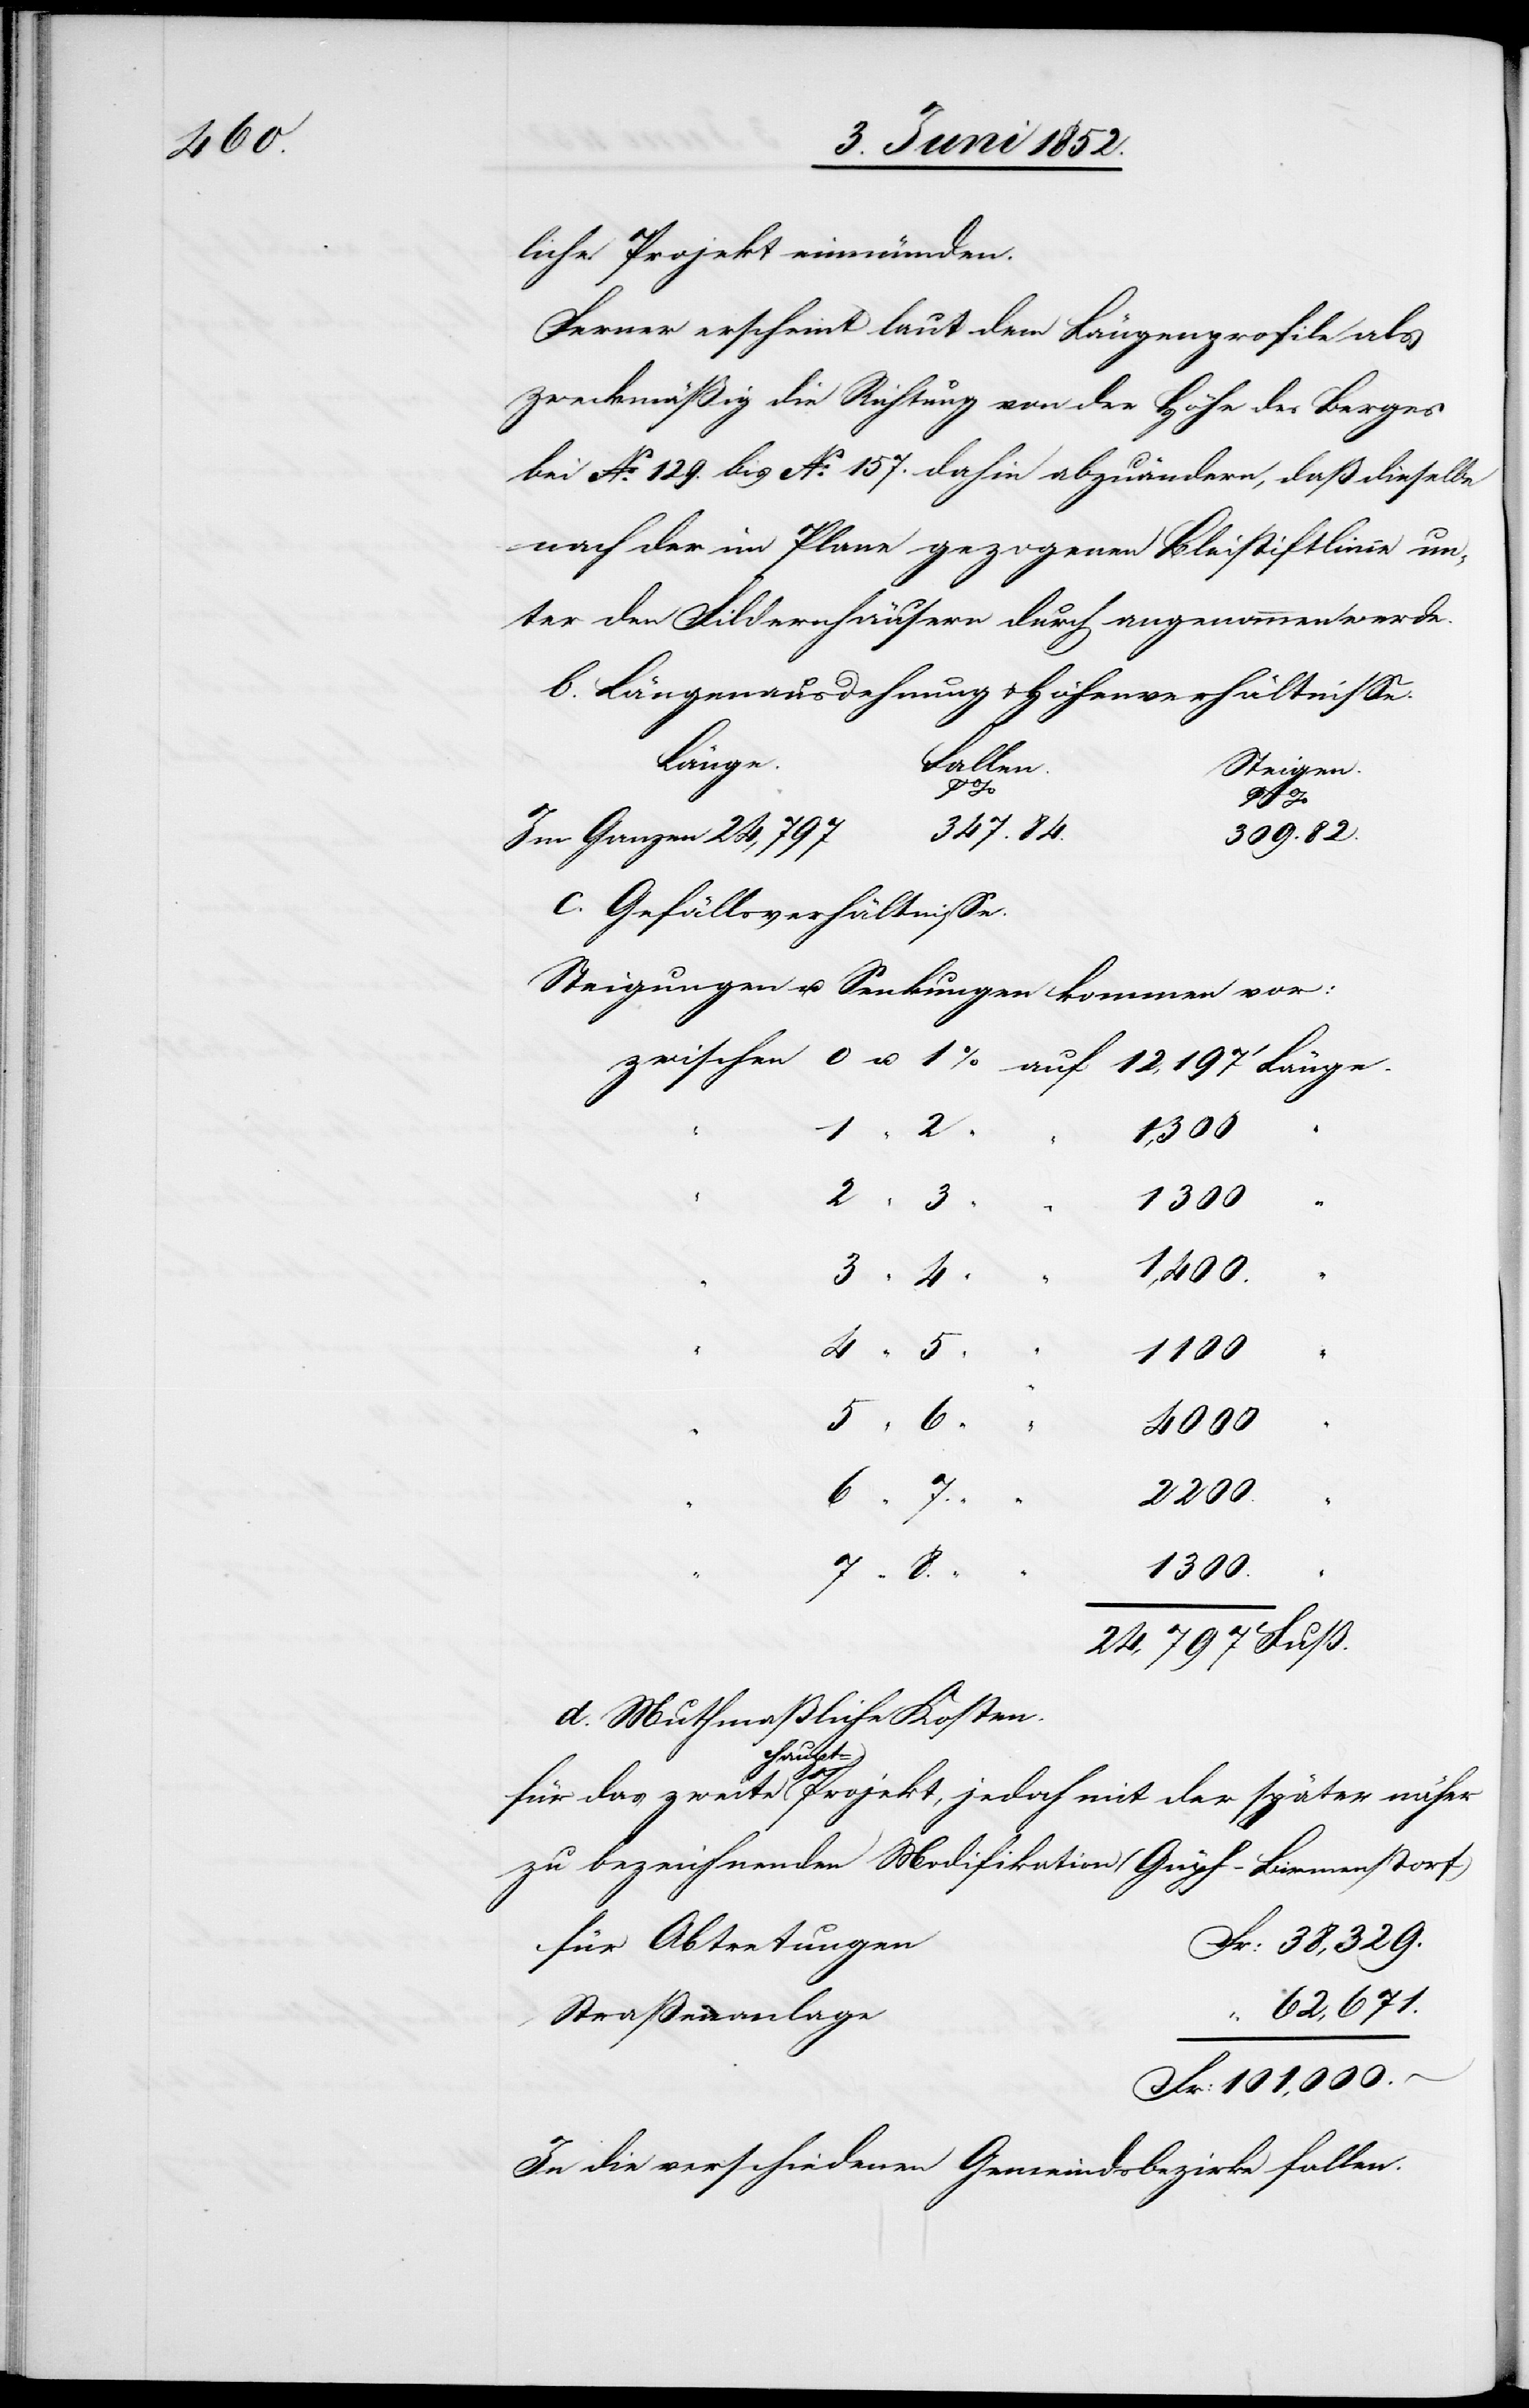
liche Projekt einmünden.
Ferner erscheint laut dem Längenprofile als
zweckmäßig die Richtung von der Höhe des Berges
bei No. 129. bis No. 157. dahin abzuändern, daß dieselbe
nach der im Plane gezogenen Bleistiftlinie un¬
ter den Fildernhäusern durch angenommen werde.
b. Längenausdehnung & Höhenverhältnisse.
Länge.
Fallen.
Steigen.
8.“
Fuß.
347.84.
Im Ganzen 24,797
c. Gefällsverhältnisse.
Steigungen u. Senkungen kommen vor:
d. Muthmaßliche Kosten.
für das zweite Haupt-Projekt, jedoch mit der später näher
zu bezeichnenden Modifikation (Güpf-Birmenstorf)
für Abtretungen
Fr: 38,329.
62,671.
Straßenanlage
Fr: 101,000.
In die verschiedenen Gemeindsbezirke fallen: